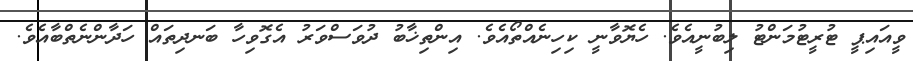
ވީއައިޕީ ޓުރީޓުމަންޓު ލިބުނީއެވެ. ހެޔޮވާނީ ކިހިނެއްތޯއެވެ. އިންތިޚާބު ދުވަސްވަރު އެގޮވިހާ ބަނދިތައް ހަދާންނެތްބާއެވެ.